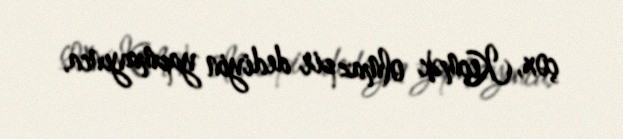
çox, Keçmək olmaz pir dediyin yapmayınca.